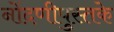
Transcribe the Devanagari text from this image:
नोंदणीपुस्तके